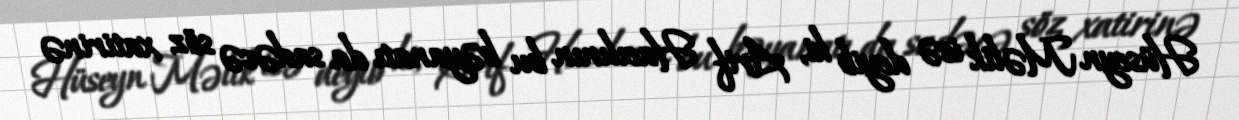
Hüseyn Məlik isə deyib ki, Arif Hacılının bu bəyanatı da sadəcə söz xatirinə